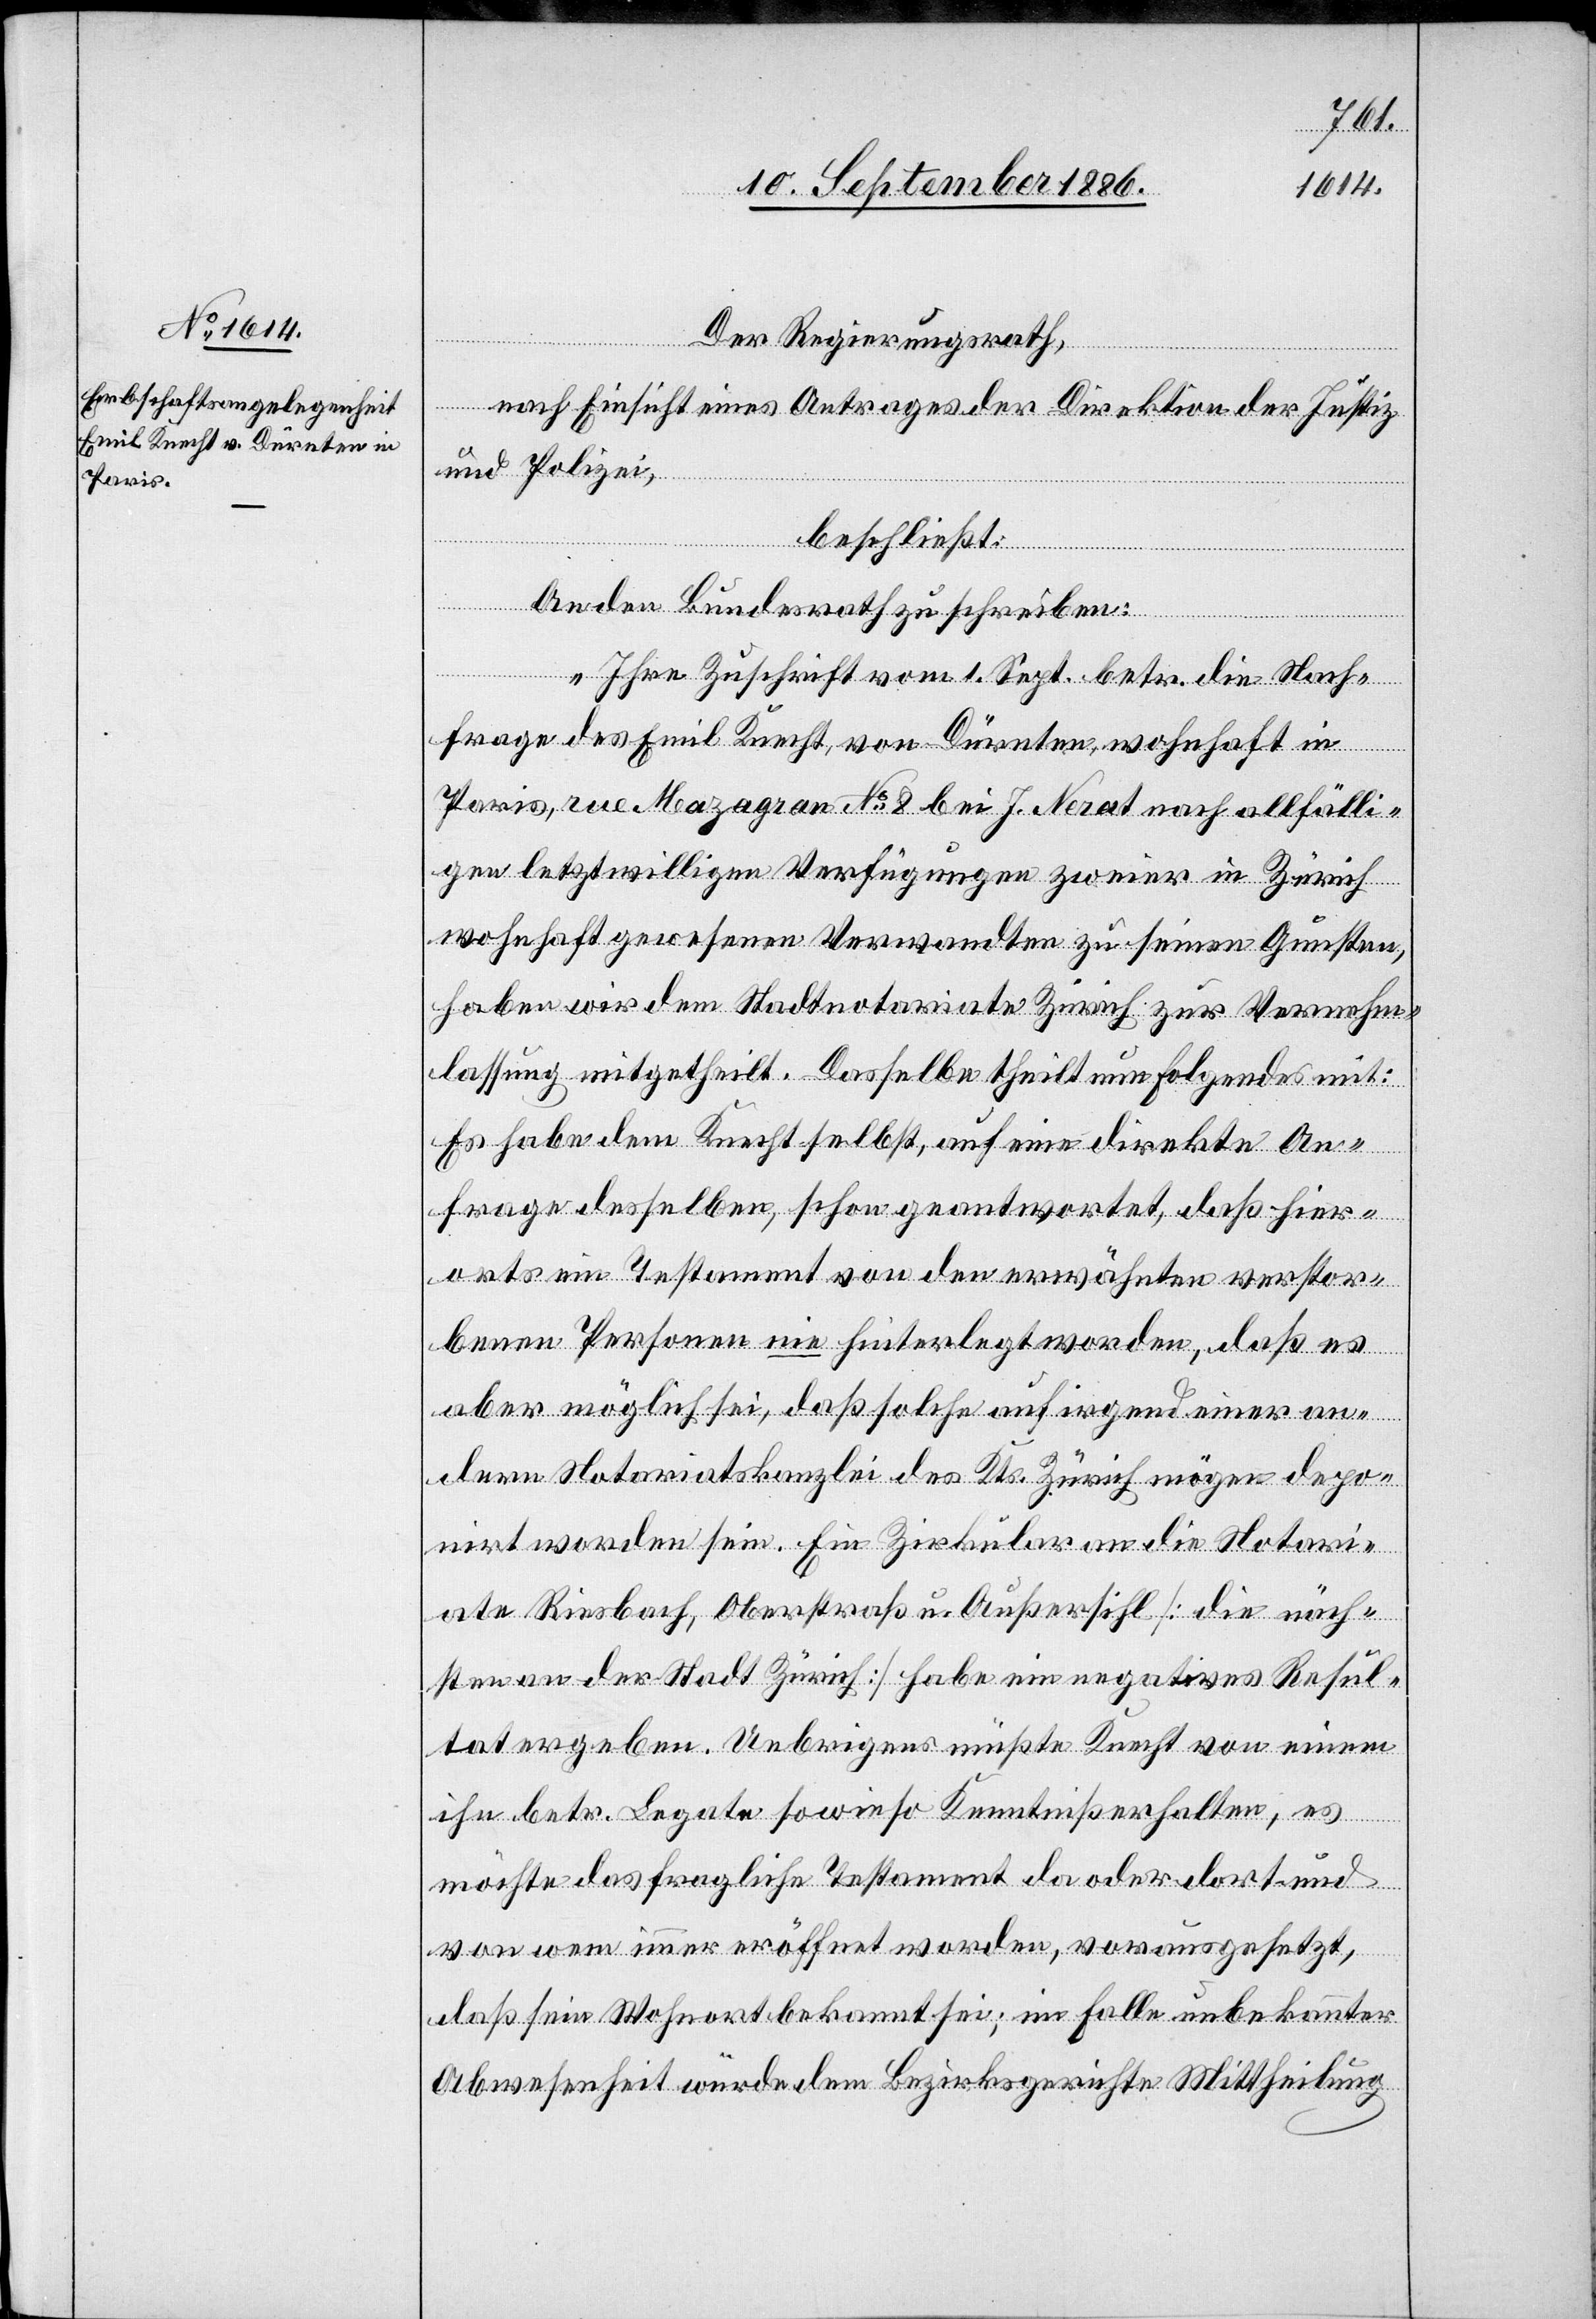
Der Regierungsrath,
nach Einsicht eines Antrages der Direktion der Justiz
und Polizei,
beschließt:
An den Bundesrath zu schreiben:
„Ihre Zuschrift vom 1. Sept. betr. die Nach¬
frage des Emil Knecht, von Dürnten, wohnhaft in
Paris, rue Mazagran No 8 bei J. Nerat nach allfälli¬
gen letztwilligen Verfügungen zweier in Zürich
wohnhaft gewesenen Verwandten zu seinen Gunsten,
haben wir dem Stadtnotariate Zürich zur Vernehm¬
lassung mitgetheilt. Dasselbe theilt nun Folgendes mit:
Es habe dem Knecht selbst, auf eine direkte An¬
frage desselben, schon geantwortet, daß hier¬
orts ein Testament von den erwähnten verstor¬
benen Personen nie hinterlegt worden, daß es
aber möglich sei, daß solche auf irgend einer an¬
dern Notariatskanzlei des Kts. Zürich mögen depo¬
nirt worden sein. Ein Zirkular an die Notari¬
ate Riesbach, Oberstraß u. Außersihl [die näch¬
sten an der Stadt Zürich] habe ein negatives Resul¬
tat ergeben. Uebrigens müßte Knecht von einem
ihn betr. Legate sowieso Kenntniß erhalten, es
möchte das fragliche Testament da oder dort und
von wem immer eröffnet werden, vorausgesetzt,
daß sein Wohnort bekannt sei; im Falle unbekannter
Abwesenheit würde dem Bezirksgerichte Mittheilung